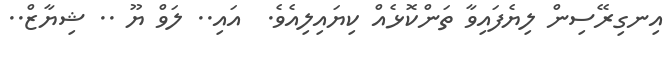
އިނގިރޭސިން ލިޔެފައިވާ ތަންކޮޅެއް ކިޔައިލިއެވެ.  އައި.. ލަވް ޔޫ .. ޝިޔާޒް..